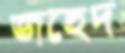
জহেদ